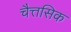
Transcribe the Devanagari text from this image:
चैत्तसिक